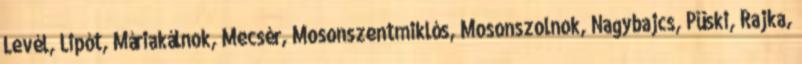
Levél, Lipót, Máriakálnok, Mecsér, Mosonszentmiklós, Mosonszolnok, Nagybajcs, Püski, Rajka,